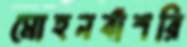
মোহনবাঁশরি